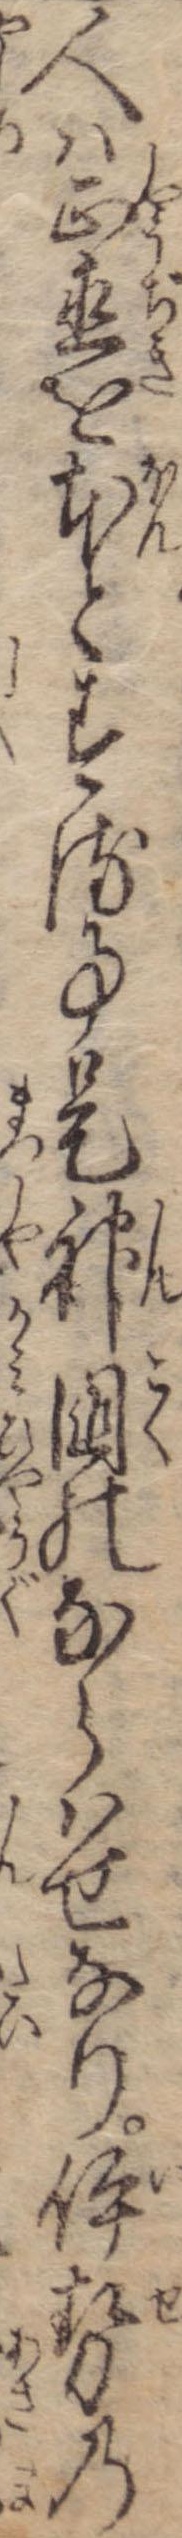
人は正直を本とする事是神国のならはせなり伊勢の